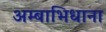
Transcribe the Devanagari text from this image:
अम्बाभिधाना